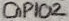
Text: GPIO2